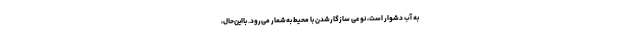
به آب دشوار است، نوعی سازگارشدن با محیط به‌شمار می‌رود. بااین‌حال،